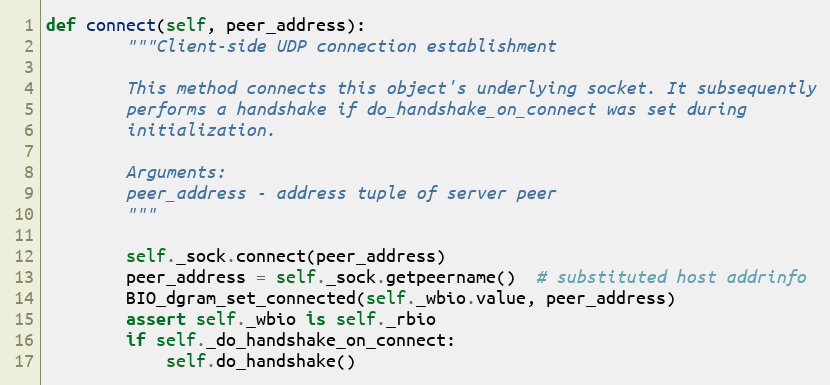
Language: Python
def connect(self, peer_address):
        """Client-side UDP connection establishment

        This method connects this object's underlying socket. It subsequently
        performs a handshake if do_handshake_on_connect was set during
        initialization.

        Arguments:
        peer_address - address tuple of server peer
        """

        self._sock.connect(peer_address)
        peer_address = self._sock.getpeername()  # substituted host addrinfo
        BIO_dgram_set_connected(self._wbio.value, peer_address)
        assert self._wbio is self._rbio
        if self._do_handshake_on_connect:
            self.do_handshake()